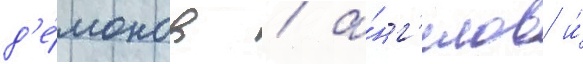
д'е́монов / а́нг'елов и́